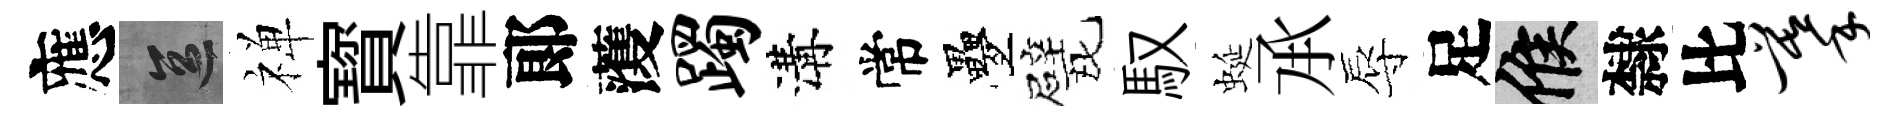
應區禅寳靠郞𮑮躅溝常疊戏馭蜒𠄘辱足候隸比摹